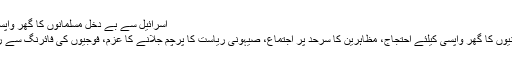
اسرائیل سے بے دخل مسلمانوں کا گھر واپسی احتجاج تیسرے ہفتے میں داخل - جیو اردو
غزہ (جیوڈیسک) اسرائیل سے بے دخل فلسطینیوں کا گھر واپسی کیلئے احتجاج، مظاہرین کا سرحد پر اجتماع، صیہونی ریاست کا پرچم جلانے کا عزم، فوجیوں کی فائرنگ سے ریڈ کراس کے اہلکار سمیت تیس افراد زخمی۔